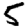
Digit: 5